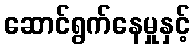
ဆောင်ရွက်နေမှုနှင့်